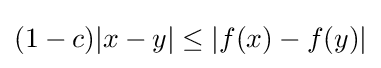
(1-c)|x-y|\leq |f(x)-f(y)|